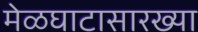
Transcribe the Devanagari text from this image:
मेळघाटासारख्या